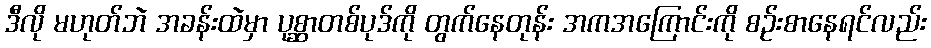
ဒီလို မဟုတ်ဘဲ အခန်းထဲမှာ ပုစ္ဆာတစ်ပုဒ်ကို တွက်နေတုန်း အကအကြောင်းကို စဉ်းစာနေရင်လည်း